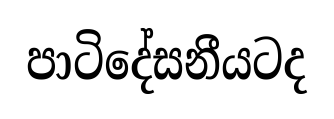
පාටිදේසනීයටද